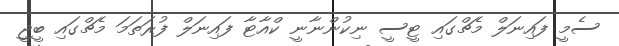
ސެމީ ފައިނަލް މެޗްގައި ޓީސީ ނިކުންނާނީ ކްއާޓާ ފައިނަލް ފުރަތަމަ މެޗްގައި ބީޖީ